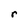
Character: r